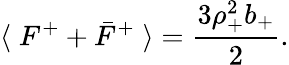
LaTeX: \langle\; F^{+}+\bar{F}^{+}\; \rangle={\frac{3\rho_{+}^{2}b_{+}}{2}}.